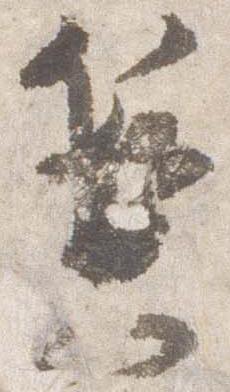
兼